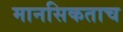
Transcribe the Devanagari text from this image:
मानसिकताच